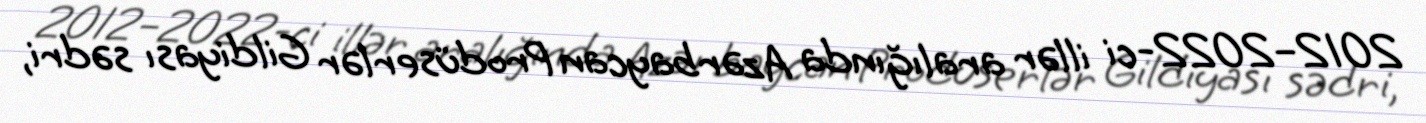
2012–2022-ci illər aralığında Azərbaycan Prodüserlər Gildiyası sədri,